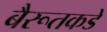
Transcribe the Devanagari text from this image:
बैरूतकडे